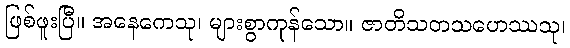
ဖြစ်ဖူးပြီ။ အနေကေသု၊ များစွာကုန်သော။ ဇာတိသတသဟေဿသု၊